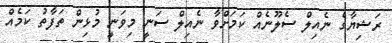
ރަޝިޔާގެ ނެއިލް ސެލޫނެއް ކަމަށްވާ ނެއިލް ސަނީ މިވަނީ މުޅިން ތަފާތު ކަމެއް